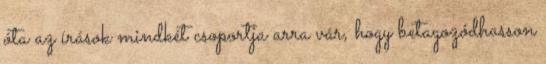
óta az írások mindkét csoportja arra vár, hogy betagozódhasson